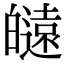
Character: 𤾮